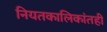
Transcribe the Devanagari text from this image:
नियतकालिकांतही